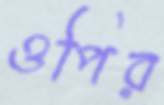
ওপির